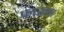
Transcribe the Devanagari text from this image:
फाख्‍ता